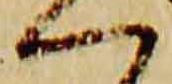
一